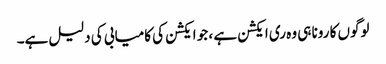
لوگوں کا رونا ہی وہ ری ایکشن ہے ، جو ایکشن کی کامیابی کی دلیل ہے۔